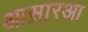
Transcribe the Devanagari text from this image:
आस़ारआ